Report on the working of the Ranchi Indian Mental Hospital, Kanke, in Bihar and Orissa - 1930-1940
Year: 1930
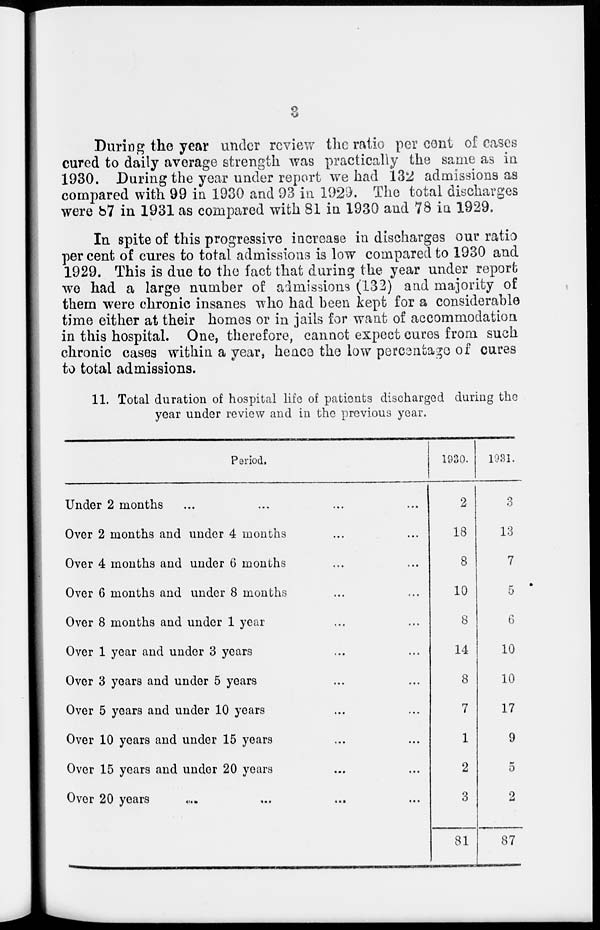
3
During the year under review the ratio per cent of cases
cured to daily average strength was practically the same as in
1930. During the year under report we had 132 admissions as
compared with 99 in 1930 and 93 in 1929, The total discharges
were 87 in 1931 as compared with 81 in 1930 and 78 in 1929.
In spite of this progressive increase in discharges our ratio
per cent of cures to total admissions is low compared to 1930 and
1929. This is due to the fact that during the year under report
we had a large number of admissions (132) and majority of
them were chronic insanes who had been kept for a considerable
time either at their homes or in jails for want of accommodation
in this hospital. One, therefore, cannot expect cures from such
chronic cases within a year, hence the low percentage of cures
to total admissions.
11. Total duration of hospital life of patients discharged during the
year under review and in the previous year.
Period.
Under 2 months ... ... ... ...
Over 2 months and under 4 months ... ...
Over 4 months and under 6 months ... ...
Over 6 months and under 8 months ... ...
Over 8 months and under 1 year ... ...
Over 1 year and under 3 years ... ...
Over 3 years and under 5 years ... ...
Over 5 years and under 10 years ... ...
Over 10 years and under 15 years ... ...
Over 15 years and under 20 years ... ..
Over 20 years ... ... ... ...
1930.
2
18
8
10
8
14
8
7
1
2
3
81
1931.
3
13
7
5
6
10
10
17
9
5
2
87